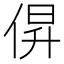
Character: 𫢰